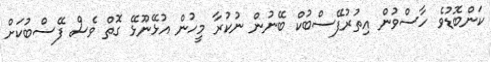
ކަންބޮޑުވެ ހާސްވުން އިތުރުފޭސްބުކް ބޭނުން ނުކުރާ މީހުން އުޅޭނޫޅޭ ގޮތް ވެސް ފޭސްބުކަށް